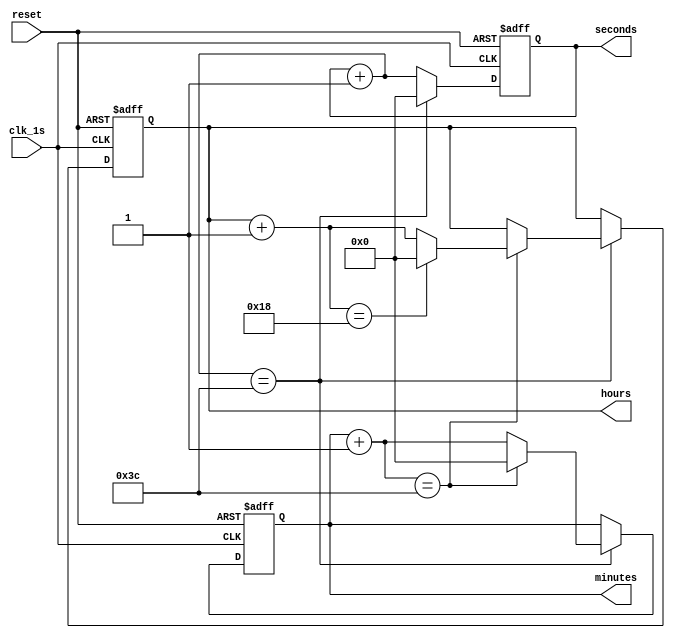
module RTC(
clk_1s,// 1 Hz clock
reset,
seconds,
minutes,
hours);

//INPUTS
input clk_1s;//1 Hz clock input 
input reset;//clock reset as input
//OUTPUTS
output [7:0] seconds;//8 bit output seconds
output [7:0] minutes;//8 bit output minutes
output [7:0] hours;//8 bit output hours
//INTERNAL SIGNALS
reg [7:0] seconds; 
reg [7:0] minutes;
reg [7:0] hours;

//Execute the always blocks when the clock or reset inputs are changing from 0 to 1
always @(posedge(clk_1s) or posedge(reset))
begin
if(reset == 1'b1) begin  //check for active high reset.
//then reset the time.
seconds = 0;
minutes = 0;
hours = 0;  
end
else if(clk_1s == 1'b1) begin  //at the beginning of each second
seconds = seconds + 1; //increment second
if(seconds == 60) begin //check for max value of second
seconds = 0;  //reset seconds
minutes = minutes + 1; //increment minutes
if(minutes == 60) begin //check for max value of minute
minutes = 0;  //reset minutes
hours = hours + 1;  //increment hours
if(hours ==  24) begin  //check for max value of hours
hours = 0; //reset hours
end
end
end    
end
end    
endmodule
module SPI_Master(scl,mosi,miso,ss);
RTC uut (
        .clk_1s(clk_1s),
        .reset(reset),
        .seconds(seconds),
        .minutes(minutes),
        .hours(hours)
    ); //instantiating the RTC in Master module
output reg scl;
input [0:0]miso; 
output reg [0:0]mosi;
output reg ss;
reg [7:0]data; 
initial begin
scl = 0;
ss = 1;
#10 ss = 0; // selected slave is in active low 
repeat(50)
begin
data = hours; 
#200
data = minutes;
#200
data = seconds;
end  // data sent serially as hours, minutes and seconds
end
always @(negedge ss)
slock ;
always @(posedge scl)begin 
mosi = data[7];
data = data<<1; //shifting data by 1 bit 
end
task slock;
repeat (100)
#10 scl = !scl; // scl alternates between 0 and 1 
endtask: slock;
endmodule